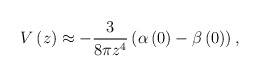
\begin{align*}V\left( z\right) \approx -\frac{3}{8\pi z^{4}}\left( \alpha \left( 0\right)-\beta \left( 0\right) \right) , \end{align*}